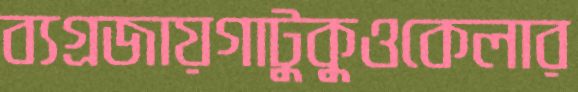
ব্যগ্রজায়গাটুকুওকেলার